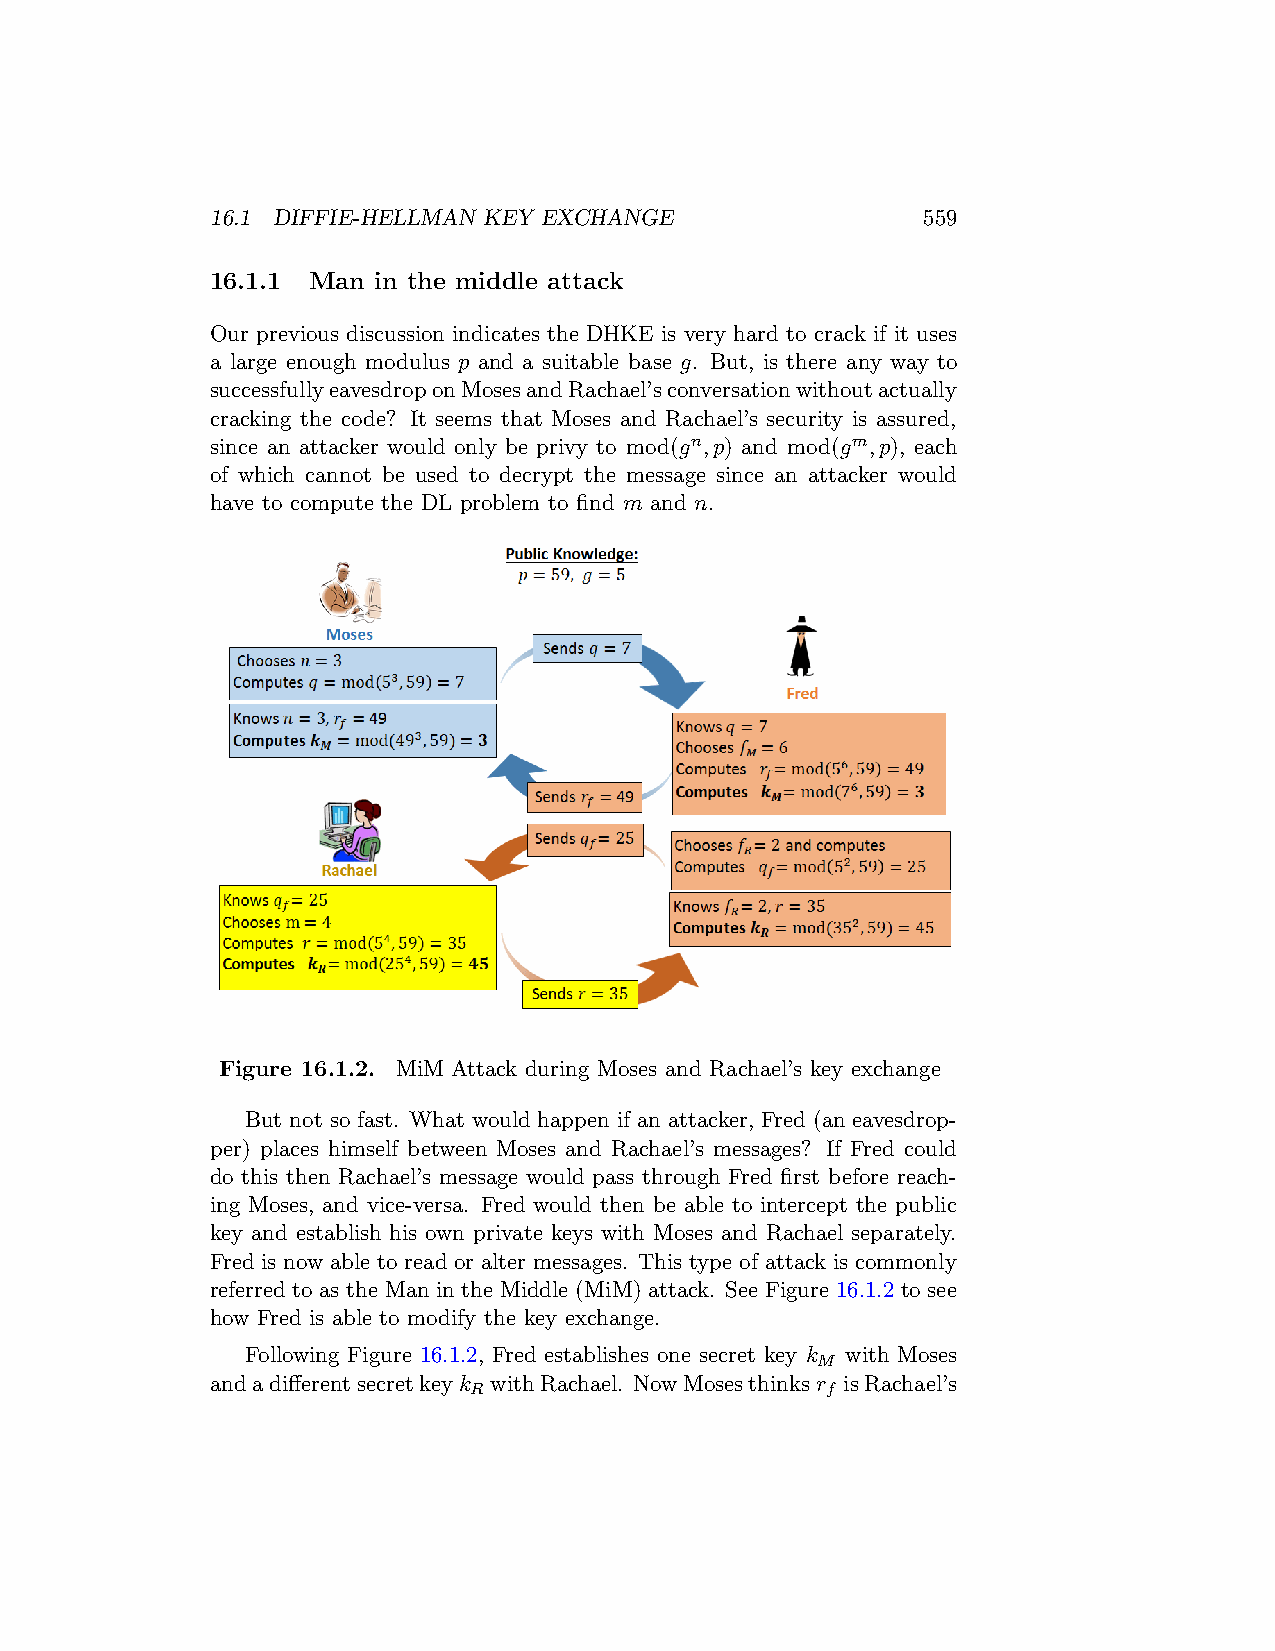
16.1 DIFFIE-HELLMAN KEY EXCHANGE               559
 16.1.1 Man in the middle attack
 Our previous discussion indicates the DHKE is very hard to crack if it uses
 a large enough modulus p and a suitable base g. But, is there any way to
 successfullyeavesdroponMosesandRachael’sconversationwithoutactually
 cracking the code? It seems that Moses and Rachael’s security is assured,
 since an attacker would only be privy to mod(gn,p) and mod(gm,p), each
 of which cannot be used to decrypt the message since an attacker would
 have to compute the DL problem to find m and n.
 Figure 16.1.2. MiM Attack during Moses and Rachael’s key exchange
 But not so fast. What would happen if an attacker, Fred (an eavesdrop-
 per) places himself between Moses and Rachael’s messages? If Fred could
 do this then Rachael’s message would pass through Fred first before reach-
 ing Moses, and vice-versa. Fred would then be able to intercept the public
 key and establish his own private keys with Moses and Rachael separately.
 Fred is now able to read or alter messages. This type of attack is commonly
 referred to as the Man in the Middle (MiM) attack. See Figure 16.1.2 to see
 how Fred is able to modify the key exchange.
 Following Figure 16.1.2, Fred establishes one secret key k with Moses
 M
 andadifferentsecretkeyk withRachael. NowMosesthinksr isRachael’s
 R                       f